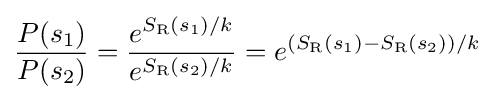
{\frac {P(s_{1})}{P(s_{2})}}={\frac {e^{S_{\text{R}}(s_{1})/k}}{e^{S_{\text{R}}(s_{2})/k}}}=e^{(S_{\text{R}}(s_{1})-S_{\text{R}}(s_{2}))/k}